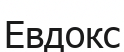
Евдокс